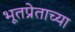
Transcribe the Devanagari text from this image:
भूतप्रेताच्या